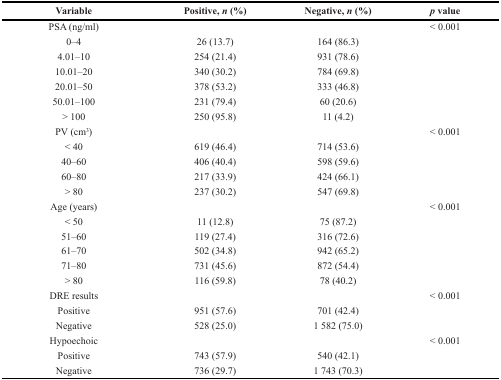
| Variable | Positive, n (%) | Negative, n (%) | p value |
 | --- | --- | --- | --- |
 | PSA (ng/ml) |  |  | < 0.001 |
 | 0–4 | 26 (13.7) | 164 (86.3) |  |
 | 4.01–10 | 254 (21.4) | 931 (78.6) |  |
 | 10.01–20 | 340 (30.2) | 784 (69.8) |  |
 | 20.01–50 | 378 (53.2) | 333 (46.8) |  |
 | 50.01–100 | 231 (79.4) | 60 (20.6) |  |
 | > 100 | 250 (95.8) | 11 (4.2) |  |
 | PV (cm3) |  |  | < 0.001 |
 | < 40 | 619 (46.4) | 714 (53.6) |  |
 | 40–60 | 406 (40.4) | 598 (59.6) |  |
 | 60–80 | 217 (33.9) | 424 (66.1) |  |
 | > 80 | 237 (30.2) | 547 (69.8) |  |
 | Age (years) |  |  | < 0.001 |
 | < 50 | 11 (12.8) | 75 (87.2) |  |
 | 51–60 | 119 (27.4) | 316 (72.6) |  |
 | 61–70 | 502 (34.8) | 942 (65.2) |  |
 | 71–80 | 731 (45.6) | 872 (54.4) |  |
 | > 80 | 116 (59.8) | 78 (40.2) |  |
 | DRE results |  |  | < 0.001 |
 | Positive | 951 (57.6) | 701 (42.4) |  |
 | Negative | 528 (25.0) | 1 582 (75.0) |  |
 | Hypoechoic |  |  | < 0.001 |
 | Positive | 743 (57.9) | 540 (42.1) |  |
 | Negative | 736 (29.7) | 1 743 (70.3) |  |